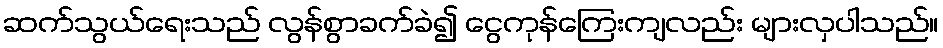
ဆက်သွယ်ရေးသည် လွန်စွာခက်ခဲ၍ ငွေကုန်ကြေးကျလည်း များလှပါသည်။